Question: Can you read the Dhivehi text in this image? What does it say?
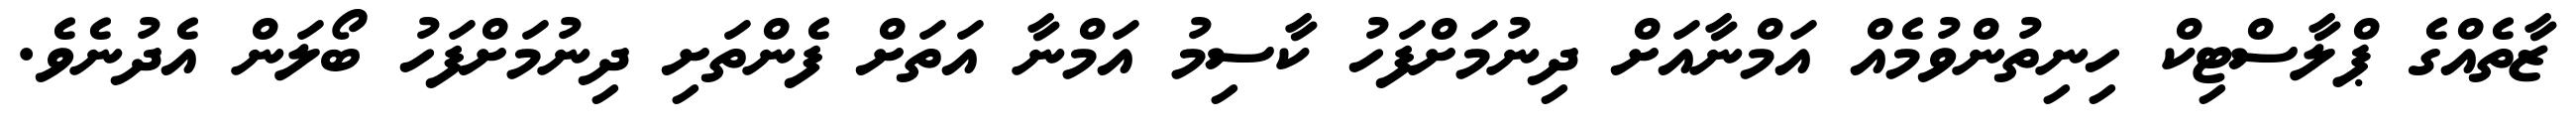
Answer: ޒާތެއްގެ ޕްލާސްޓިކް ހިނިތުންވުމެއް އަމްނާއަށް ދިނުމަށްފަހު ކާސިމު އަމްނާ އަތަށް ފެންތަށި ދިނުމަށްފަހު ބޯލަން އެދުނެވެ.